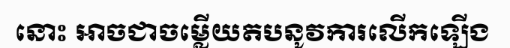
នោះ អាចជាចម្លើយតបនូវការលើកឡើង